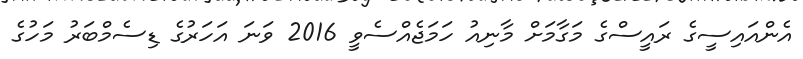
އެންއައިސީގެ ރައީސްގެ މަގާމަށް މާނިއު ހަމަޖެއްސެވީ 2016 ވަނަ އަހަރުގެ ޑިސެމްބަރު މަހުގެ